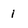
Character: 1